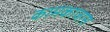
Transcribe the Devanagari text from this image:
कामकाजास